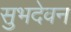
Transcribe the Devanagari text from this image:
सुभदेवन